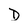
Character: D